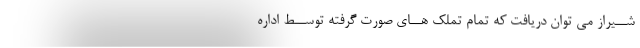
شــیراز می توان دریافت که تمام تملک هــای صورت گرفته توســط اداره